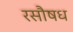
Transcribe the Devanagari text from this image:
रसौषध